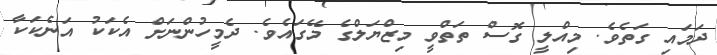
ދަމައި ގަތެވެ. މިއްލީ ގޮސް ތަތްވީ މިޒްޔަލްގެ މޭގައެވެ. ދެމީހުންނަށް އެކަކު އަނެކަކާ